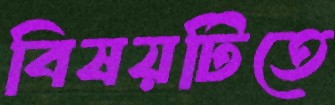
বিষয়টিতে